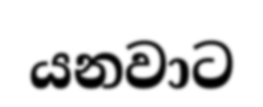
යනවාට